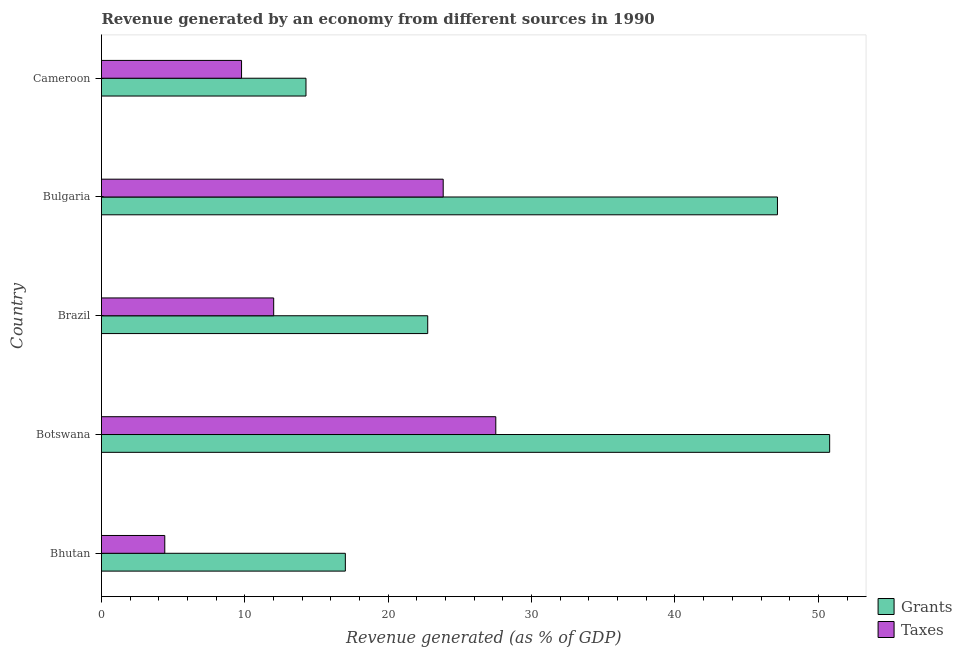
| Country | Grants | Taxes |
 | --- | --- | --- |
 | Bhutan | 17 | 4.41 |
 | Botswana | 50.8 | 27.5 |
 | Brazil | 22.8 | 12 |
 | Bulgaria | 47.1 | 23.8 |
 | Cameroon | 14.3 | 9.77 |